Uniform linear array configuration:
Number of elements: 32
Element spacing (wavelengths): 0.75
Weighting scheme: binomial
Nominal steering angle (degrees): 15
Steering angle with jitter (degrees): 15.726
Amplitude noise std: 0.05
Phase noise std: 0.05

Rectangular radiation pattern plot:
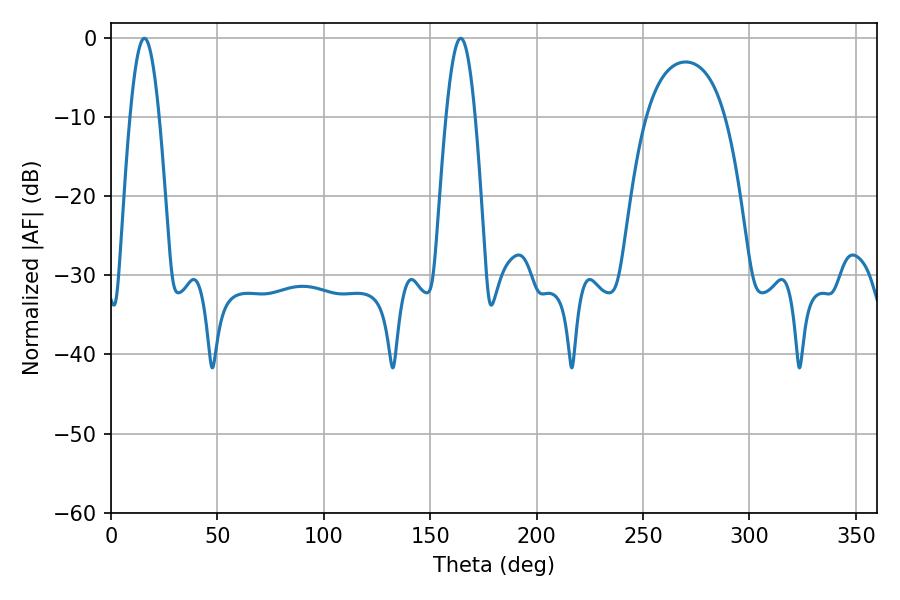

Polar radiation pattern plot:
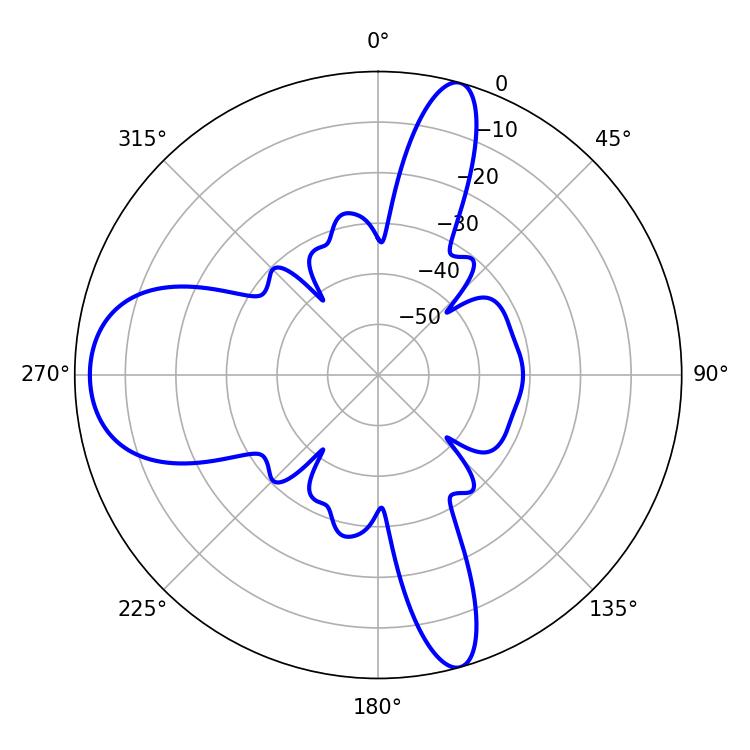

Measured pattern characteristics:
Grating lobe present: TRUE
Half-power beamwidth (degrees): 7.38
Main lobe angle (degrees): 15.66